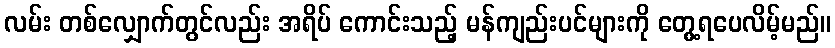
လမ်း တစ်လျှောက်တွင်လည်း အရိပ် ကောင်းသည့် မန်ကျည်းပင်များကို တွေ့ရပေလိမ့်မည်။